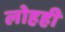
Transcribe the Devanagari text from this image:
लोहही